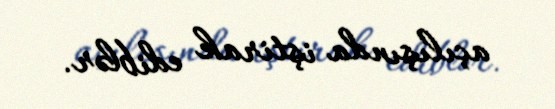
açılışında iştirak ediblər.